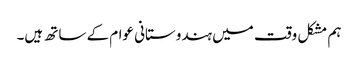
ہم مشکل وقت میں ہندوستانی عوام کے ساتھ ہیں۔